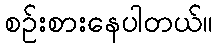
စဉ်းစားနေပါတယ်။